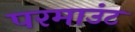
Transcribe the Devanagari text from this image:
परमाउंट